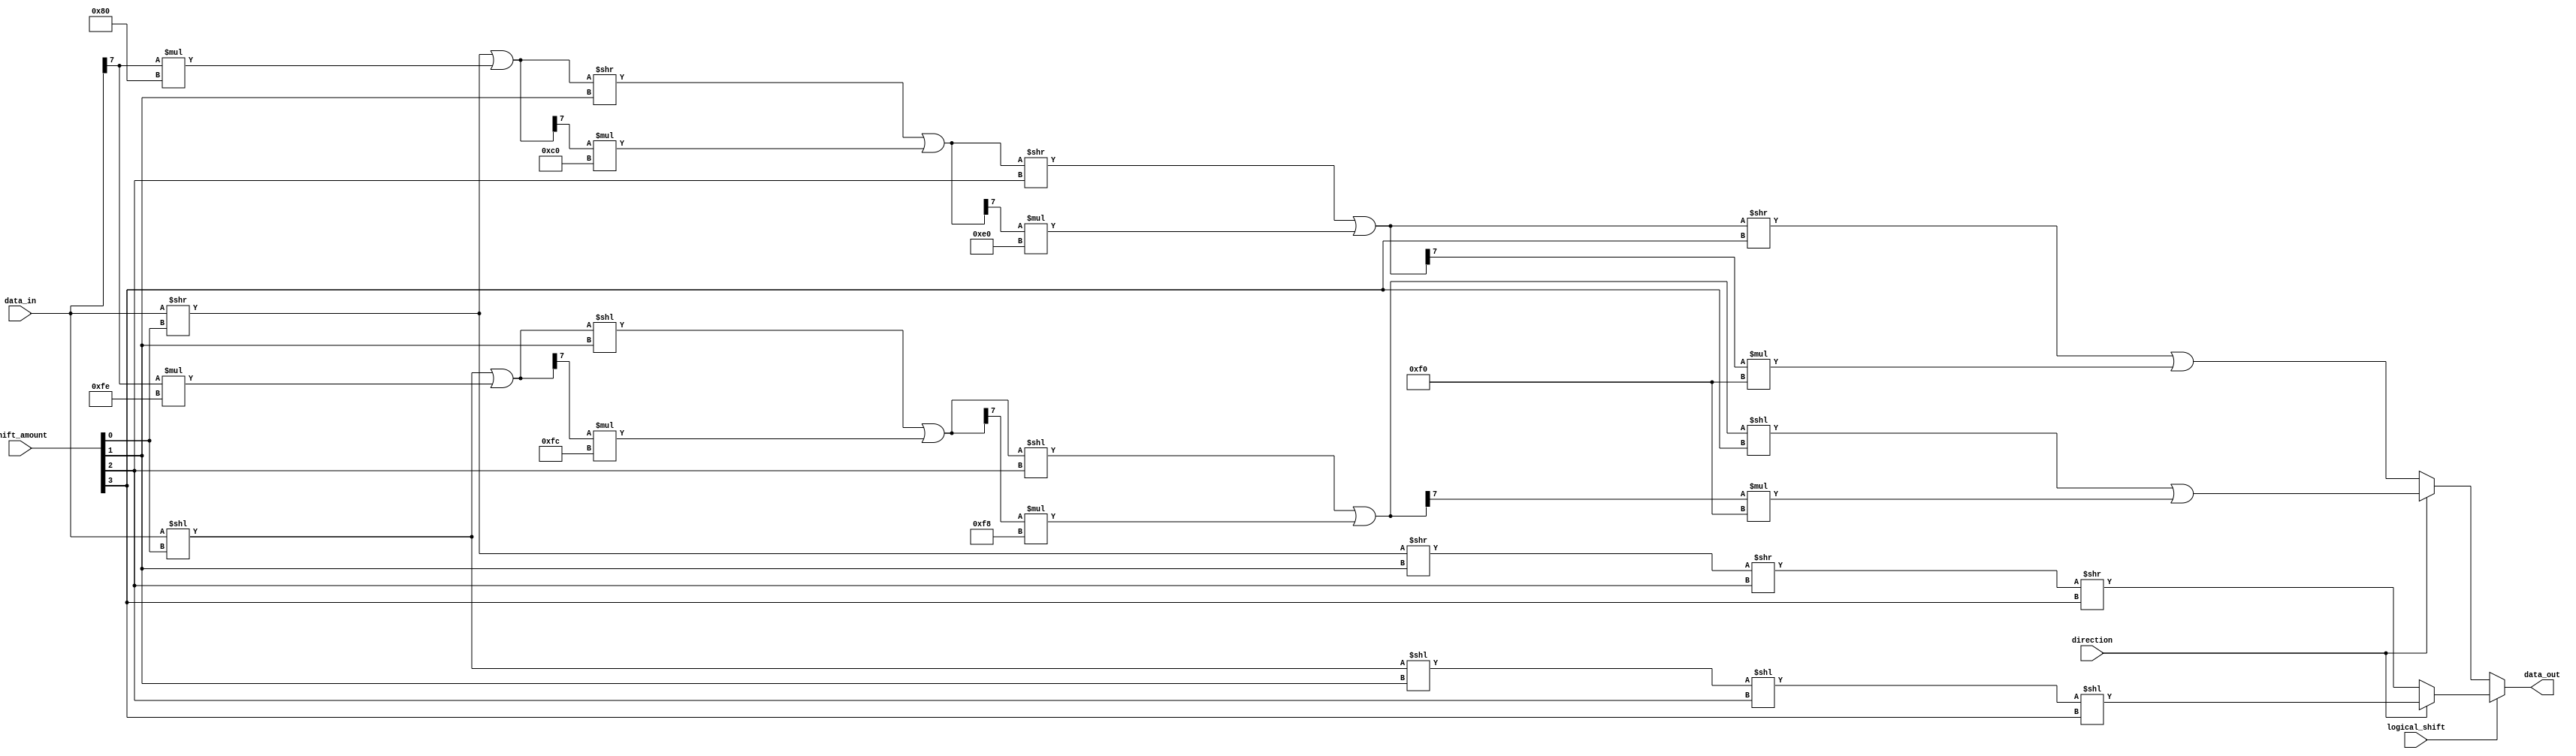
module BarrelShifter (
    input [7:0] data_in,
    input [3:0] shift_amount,
    input logical_shift,
    input direction,  // 0 for right shift, 1 for left shift
    output reg [7:0] data_out
);

reg [7:0] stage_0_out;
reg [7:0] stage_1_out;
reg [7:0] stage_2_out;
reg [7:0] stage_3_out;

always @(*)
begin
    if(logical_shift)
    begin
        if(direction)
        begin
            stage_0_out = data_in << shift_amount[0];
            stage_1_out = stage_0_out << shift_amount[1];
            stage_2_out = stage_1_out << shift_amount[2];
            stage_3_out = stage_2_out << shift_amount[3];
        end
        else
        begin
            stage_0_out = data_in >> shift_amount[0];
            stage_1_out = stage_0_out >> shift_amount[1];
            stage_2_out = stage_1_out >> shift_amount[2];
            stage_3_out = stage_2_out >> shift_amount[3];
        end
    end
    else
    begin
        if(direction)
        begin
            stage_0_out = (data_in << shift_amount[0]) | (data_in[7] * 8'b11111110);
            stage_1_out = (stage_0_out << shift_amount[1]) | (stage_0_out[7] * 8'b11111100);
            stage_2_out = (stage_1_out << shift_amount[2]) | (stage_1_out[7] * 8'b11111000);
            stage_3_out = (stage_2_out << shift_amount[3]) | (stage_2_out[7] * 8'b11110000);
        end
        else
        begin
            stage_0_out = (data_in >> shift_amount[0]) | (data_in[7] * 8'b10000000);
            stage_1_out = (stage_0_out >> shift_amount[1]) | (stage_0_out[7] * 8'b11000000);
            stage_2_out = (stage_1_out >> shift_amount[2]) | (stage_1_out[7] * 8'b11100000);
            stage_3_out = (stage_2_out >> shift_amount[3]) | (stage_2_out[7] * 8'b11110000);
        end
    end
end

assign data_out = stage_3_out;

endmodule